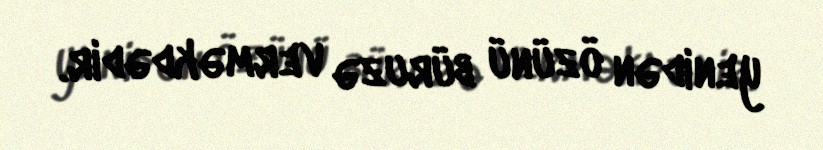
yenidən özünü büruzə verməkdədir.